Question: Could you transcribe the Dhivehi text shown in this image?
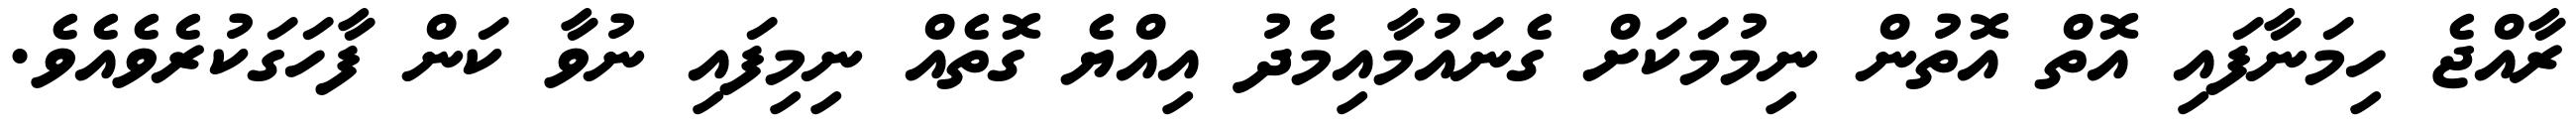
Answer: ރާއްޖެ ހިމަނާފައި އޮތް އޮތުން ނިމުމަކަށް ގެނައުމާއިމެދު އިއްޔެ ގޮތެއް ނިމިފައި ނުވާ ކަން ފާހަގަކުރެވެއެވެ.